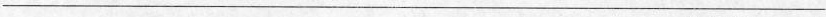
___